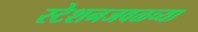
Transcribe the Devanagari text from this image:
स्टेशनजवळच्या